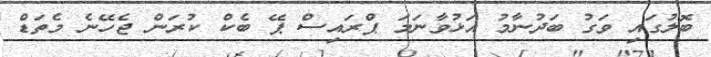
ބޮލުގައި ވަގު ބަދުނާމު އަޅުވާނަމަ ޕްރައިސް ޕޭ ބެކް ކުރަން ޖެހޭނެ މެތަޑް